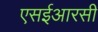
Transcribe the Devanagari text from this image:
एसईआरसी